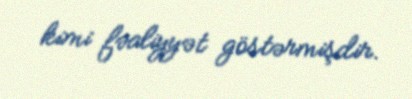
kimi fəaliyyət göstərmişdir.